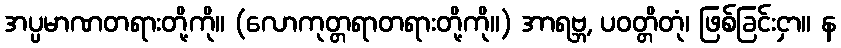
အပ္ပမာဏတရားတို့ကို။ (လောကုတ္တရာတရားတို့ကို။) အာရဗ္ဘ, ပဝတ္တိတုံ၊ ဖြစ်ခြင်းငှာ။ န